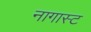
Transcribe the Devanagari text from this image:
नागास्ट